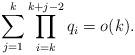
LaTeX: \begin{align*}\sum_{j=1}^{k}\prod_{i=k}^{k+j-2}q_i=o(k).\end{align*}